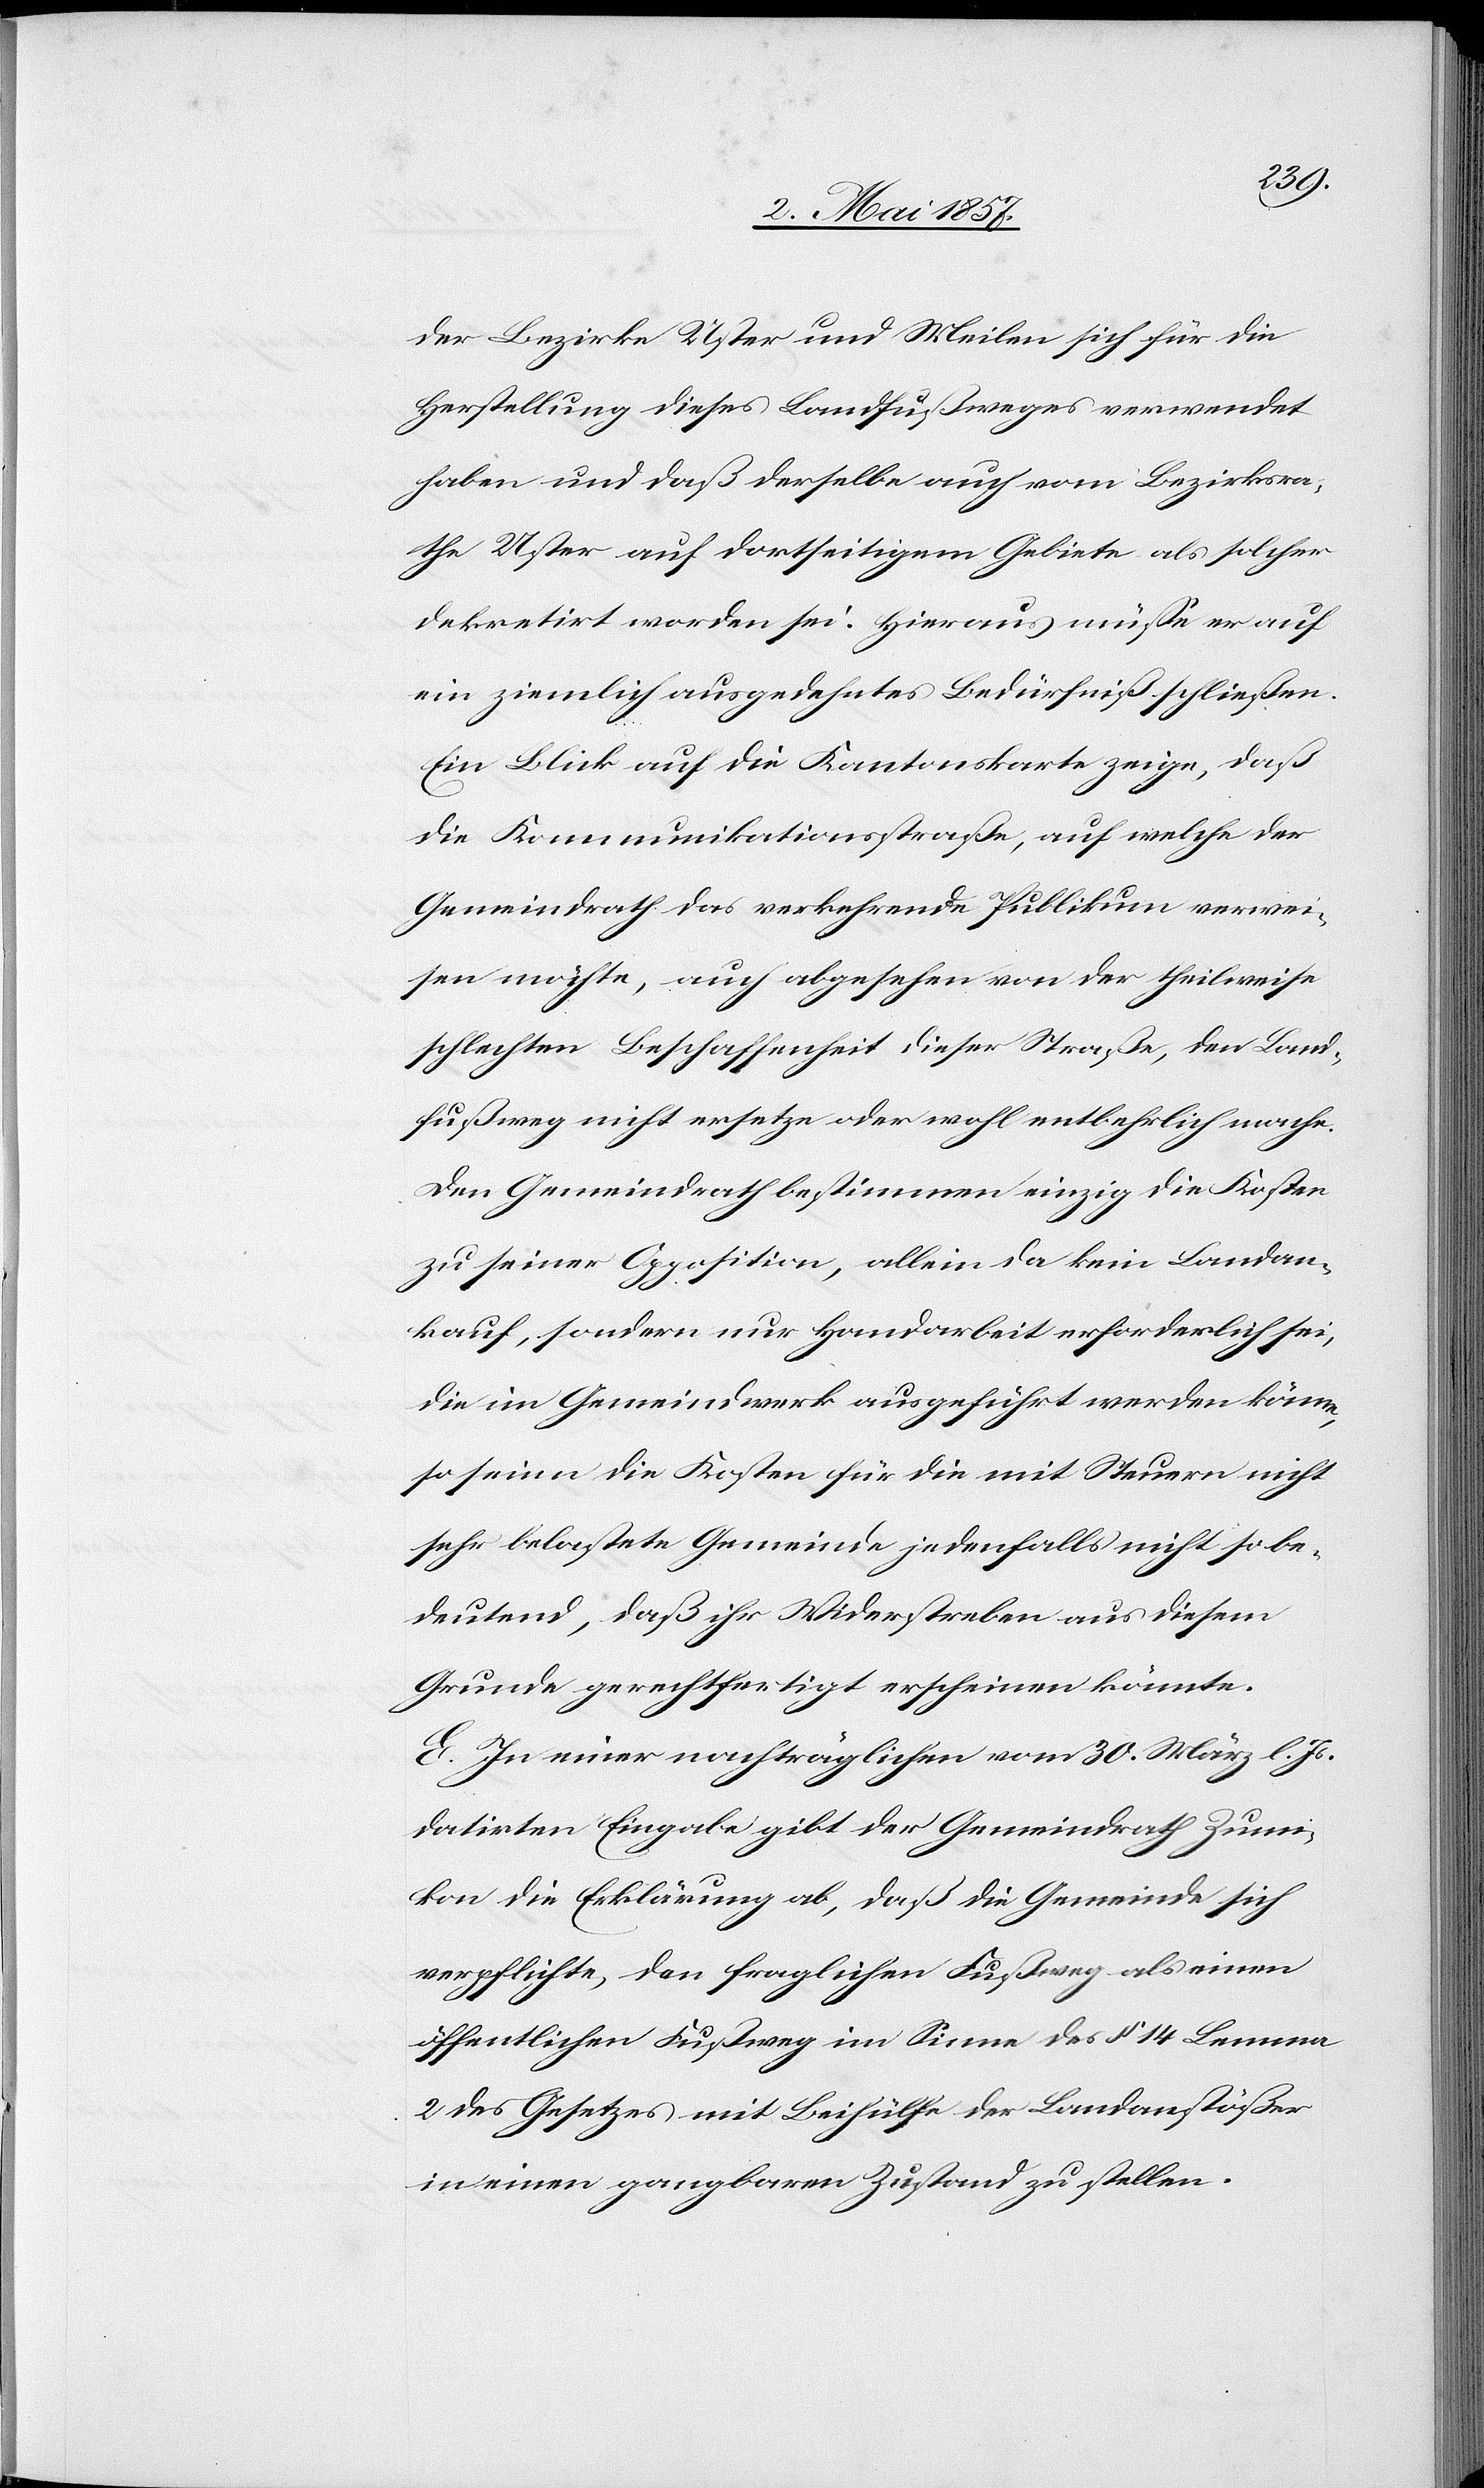
der Bezirke Uster und Meilen sich für die
Herstellung dieses Landfußweges verwendet
haben und daß derselbe auch vom Bezirksra¬
the Uster auf dortseitigem Gebiete als solcher
dekretirt worden sei. Hieraus müsse er auf
ein ziemlich ausgedehntes Bedürfniß schließen.
Ein Blick auf die Kantonskarte zeige, daß
die Kommunikationsstraße, auf welche der
Gemeindrath das verkehrende Publikum verwei¬
sen möchte, auch abgesehen von der theilweise
schlechten Beschaffenheit dieser Straße, den Land¬
fußweg nicht ersetze oder wohl entbehrlich mache.
Den Gemeindrath bestimmen einzig die Kosten
zu seiner Opposition, allein da kein Landan¬
kauf, sondern nur Handarbeit erforderlich sei,
die im Gemeindwerk ausgeführt werden könne,
so seien die Kosten für die mit Steuern nicht
sehr belastete Gemeinde jedenfalls nicht so be¬
deutend, daß ihr Widerstreben aus diesem
Grunde gerechtfertigt erscheinen könnte.
E. In einer nachträglichen vom 30. März l. Js.
datirten Eingabe gibt der Gemeindrath Zumi¬
kon die Erklärung ab, daß die Gemeinde sich
verpflichte, den fraglichen Fußweg als einen
öffentlichen Fußweg im Sinne des § 14 Lemma
2 des Gesetzes mit Beihülfe der Landanstößer
in einen gangbaren Zustand zu stellen.